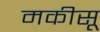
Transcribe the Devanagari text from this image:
मकीसू